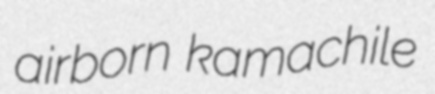
airborn kamachile